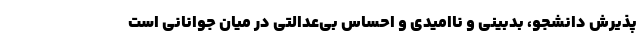
پذیرش دانشجو، بدبینی و ناامیدی و احساس بی‌عدالتی در میان جوانانی است